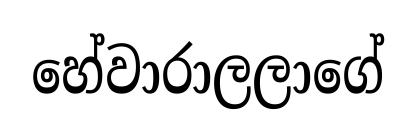
හේවාරාලලාගේ